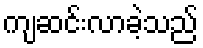
ကျဆင်းလာခဲ့သည်